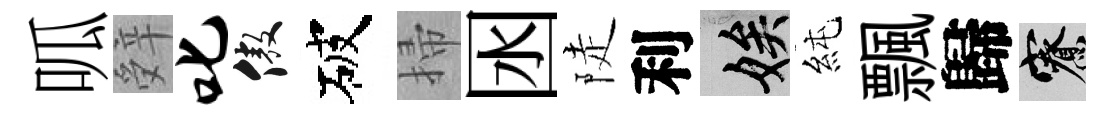
呱辤叱傲破掃囦陡利娭純飄歸寮